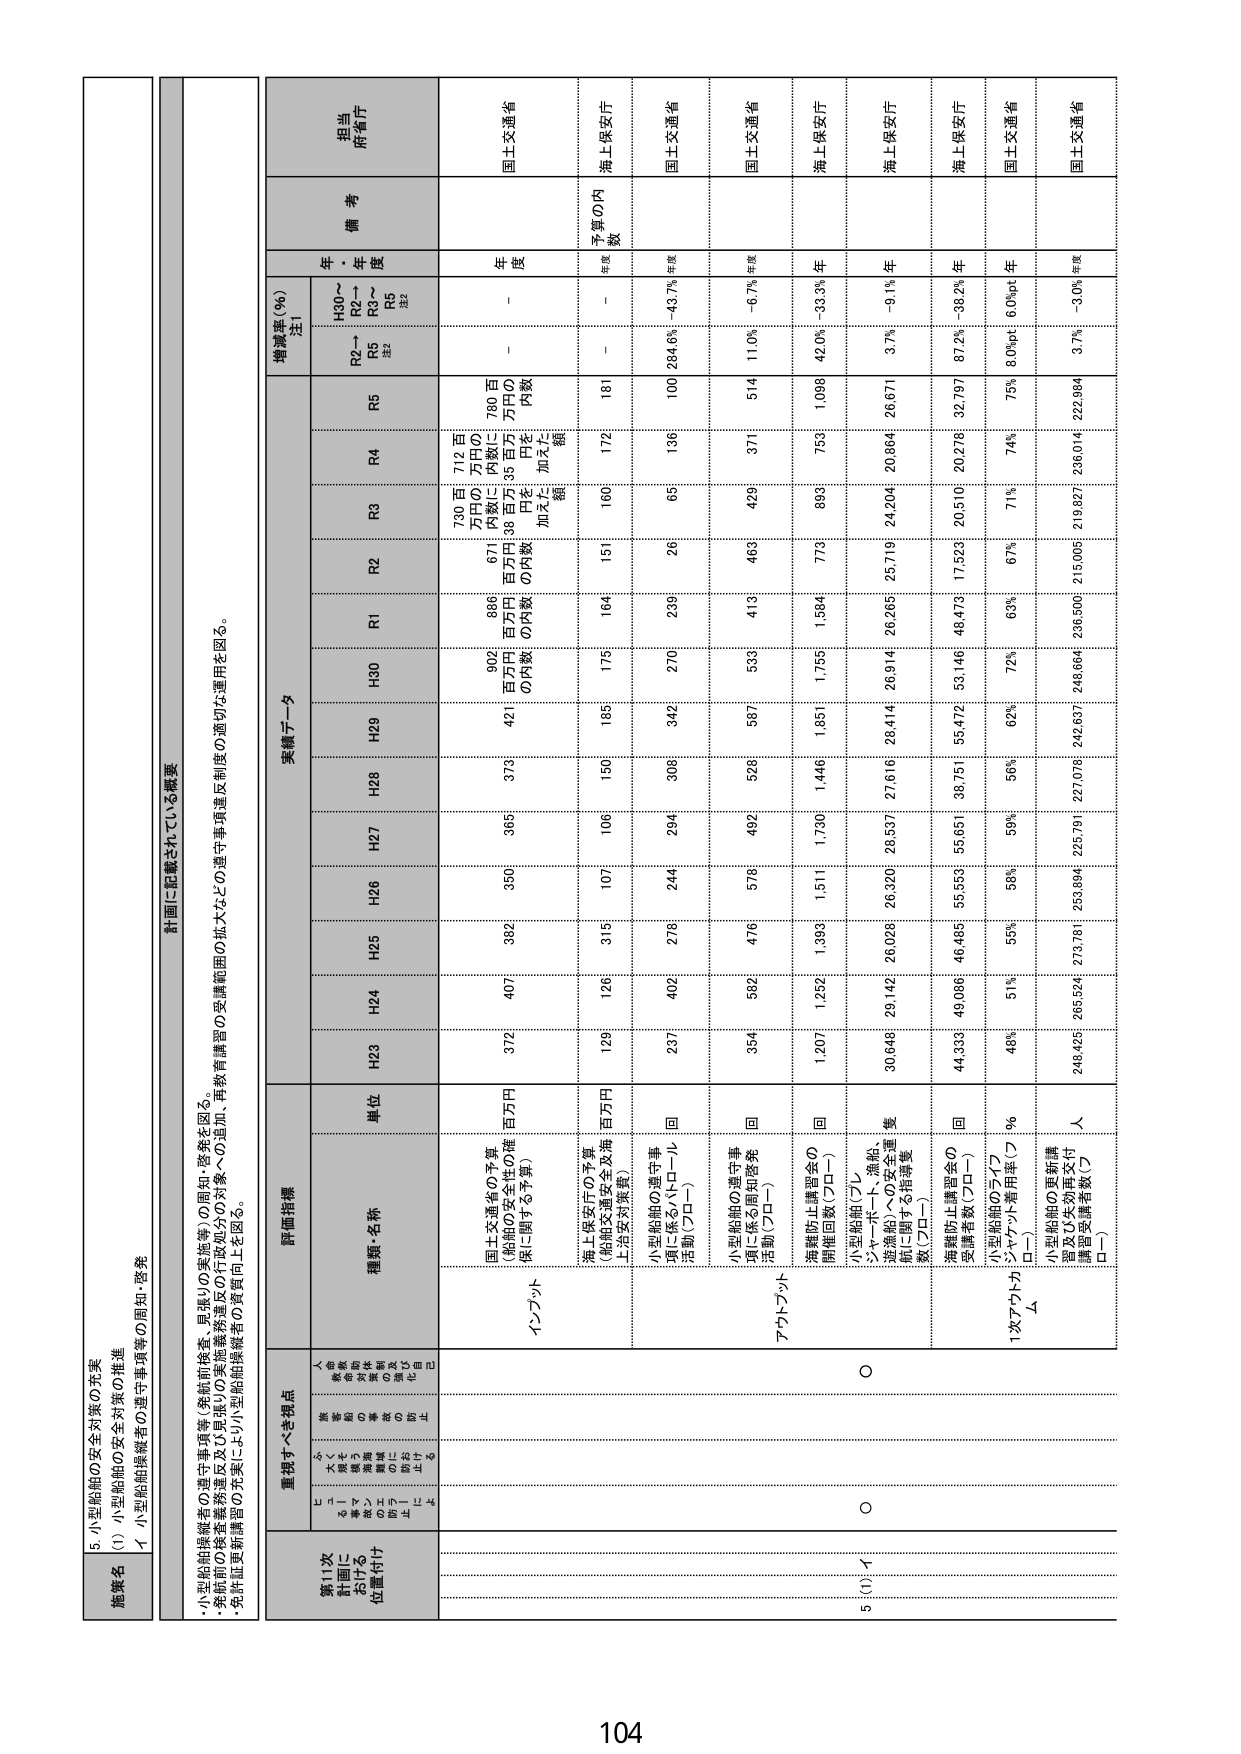
5. 小型船舶の安全対策の充実
(1) 小型船舶の安全対策の推進
イ 小型船舶操縦者の運行事項等の周知・啓発

計画に記載されている概要
・小型船舶操縦者の運行事項等（乗航前検査、目視しの実施等）の周知・啓発を図る。
・乗航前の検査実施率及び目視しの実施率等運行事項の行政処分の追加、再教育措置等の受講範囲の拡大などの運行事項違反制度の適切な運用を図る。
・免許証更新申請者の充実により小型船舶操縦者の資質向上を図る。

第11次
計画に
おける
位置付け
重視すべき視点
評価指標
実績データ
増減率（％）
注1
年・年
備考
担当
府省庁
人
命
を
守
る
安
全
な
海
上
交
通
の
実
現
の
た
め
に
必
要
な
取
組
の
充
実
と
促
進
の
推
進
目標
単位
H23
H24
H25
H26
H27
H28
H29
H30
R1
R2
R3
R4
R5
H30～
R2～
R5
注2
R2～
R5
注2
インプット
国土交通省の予算
（船舶の安全にの確
保に関する予算）
百万円
372
407
382
350
365
376
421
902
896
671
730百
万円の
内数に
38百円
の内数
780百
万円の
内数
－
年
度
国土交通省
海上保安庁の予算
（船舶交通安全交渉
上対策対策費）
百万円
129
126
315
107
106
150
165
175
164
151
160
172
181
－
予算の内
数
年度
海上保安庁
アウトプット
小型船舶の運行事
項に係るパトロール
活動（プロー）
回
237
402
276
244
294
306
342
270
239
26
65
136
100
284.6%
-43.7%
年度
国土交通省
小型船舶の運行事
項に係る周知啓発
活動（プロー）
回
354
562
476
576
492
526
587
539
413
463
429
371
514
11.0%
-6.7%
年度
国土交通省
海難防止講習会の
開催回数（プロー）
回
1,207
1,252
1,393
1,511
1,730
1,446
1,851
1,755
1,564
773
899
753
1,098
42.0%
-33.3%
年
海上保安庁
5 (1) イ
○
○
小型船舶（ブレ
ン・ボート、漁船、
洋漁船）への安全運
航に関する指導実
数（プロー）
隻
30,946
29,142
26,026
26,320
29,537
27,616
28,441
26,914
26,265
25,719
24,204
20,864
26,671
3.7%
-9.1%
年
海上保安庁
海難防止講習会の
受講者数（プロー）
回
44,339
49,066
46,485
55,553
53,651
38,751
55,472
53,146
48,473
17,523
20,510
20,278
32,797
87.2%
-39.2%
年
海上保安庁
1次アトカット
△
小型船舶の運用率（プロー）
％
48%
51%
55%
56%
59%
56%
62%
72%
63%
67%
71%
74%
75%
8.0%
6.0%
年度
国土交通省
小型船舶の更新講
習及び未対面交付
者受講者数（プロー）
人
248,425
265,574
273,781
253,894
225,791
227,076
242,637
248,864
236,500
215,005
219,827
236,014
222,984
3.7%
-3.0%
年度
国土交通省

104